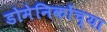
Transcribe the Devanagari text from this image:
डोमेनिकोंच्या